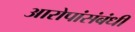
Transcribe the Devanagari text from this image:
आरोपांसंबंधी